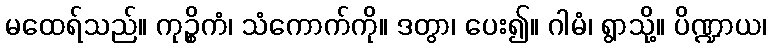
မထေရ်သည်။ ကုဉ္စိကံ၊ သံကောက်ကို။ ဒတွာ၊ ပေး၍။ ဂါမံ၊ ရွာသို့။ ပိဏ္ဍာယ၊